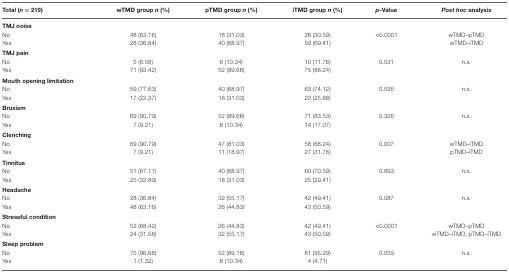
<table><thead><tr><td><b>Total (<i>n</i> = 219)</b></td><td><b>wTMD group <i>n</i> (%)</b></td><td><b>pTMD group <i>n</i> (%)</b></td><td><b>iTMD group <i>n</i> (%)</b></td><td><b><i>p</i>-Value</b></td><td><b><i>Post hoc</i> analysis</b></td></tr></thead><tbody><tr><td><b>TMJ noise</b></td><td>[EMPTY_CELL]</td><td>[EMPTY_CELL]</td><td>[EMPTY_CELL]</td><td>[EMPTY_CELL]</td><td>[EMPTY_CELL]</td></tr><tr><td>No</td><td>48 (63.16)</td><td>18 (31.03)</td><td>26 (30.59)</td><td>&lt;0.0001</td><td>wTMD–pTMD</td></tr><tr><td>Yes</td><td>28 (36.84)</td><td>40 (68.97)</td><td>59 (69.41)</td><td>[EMPTY_CELL]</td><td>wTMD–iTMD</td></tr><tr><td><b>TMJ pain</b></td><td>[EMPTY_CELL]</td><td>[EMPTY_CELL]</td><td>[EMPTY_CELL]</td><td>[EMPTY_CELL]</td><td>[EMPTY_CELL]</td></tr><tr><td>No</td><td>5 (6.58)</td><td>6 (10.34)</td><td>10 (11.76)</td><td>0.531</td><td>n.s.</td></tr><tr><td>Yes</td><td>71 (93.42)</td><td>52 (89.66)</td><td>75 (88.24)</td><td>[EMPTY_CELL]</td><td>[EMPTY_CELL]</td></tr><tr><td><b>Mouth opening limitation</b></td><td>[EMPTY_CELL]</td><td>[EMPTY_CELL]</td><td>[EMPTY_CELL]</td><td>[EMPTY_CELL]</td><td>[EMPTY_CELL]</td></tr><tr><td>No</td><td>59 (77.63)</td><td>40 (68.97)</td><td>63 (74.12)</td><td>0.526</td><td>n.s.</td></tr><tr><td>Yes</td><td>17 (22.37)</td><td>18 (31.03)</td><td>22 (25.88)</td><td>[EMPTY_CELL]</td><td>[EMPTY_CELL]</td></tr><tr><td><b>Bruxism</b></td><td>[EMPTY_CELL]</td><td>[EMPTY_CELL]</td><td>[EMPTY_CELL]</td><td>[EMPTY_CELL]</td><td>[EMPTY_CELL]</td></tr><tr><td>No</td><td>69 (90.79)</td><td>52 (89.66)</td><td>71 (83.53)</td><td>0.326</td><td>n.s.</td></tr><tr><td>Yes</td><td>7 (9.21)</td><td>6 (10.34)</td><td>14 (17.07)</td><td>[EMPTY_CELL]</td><td>[EMPTY_CELL]</td></tr><tr><td><b>Clenching</b></td><td>[EMPTY_CELL]</td><td>[EMPTY_CELL]</td><td>[EMPTY_CELL]</td><td>[EMPTY_CELL]</td><td>[EMPTY_CELL]</td></tr><tr><td>No</td><td>69 (90.79)</td><td>47 (81.03)</td><td>58 (68.24)</td><td>0.007</td><td>wTMD–iTMD</td></tr><tr><td>Yes</td><td>7 (9.21)</td><td>11 (18.97)</td><td>27 (31.76)</td><td>[EMPTY_CELL]</td><td>pTMD–iTMD</td></tr><tr><td><b>Tinnitus</b></td><td>[EMPTY_CELL]</td><td>[EMPTY_CELL]</td><td>[EMPTY_CELL]</td><td>[EMPTY_CELL]</td><td>[EMPTY_CELL]</td></tr><tr><td>No</td><td>51 (67.11)</td><td>40 (68.97)</td><td>60 (70.59)</td><td>0.893</td><td>n.s.</td></tr><tr><td>Yes</td><td>25 (32.89)</td><td>18 (31.03)</td><td>25 (29.41)</td><td>[EMPTY_CELL]</td><td>[EMPTY_CELL]</td></tr><tr><td><b>Headache</b></td><td>[EMPTY_CELL]</td><td>[EMPTY_CELL]</td><td>[EMPTY_CELL]</td><td>[EMPTY_CELL]</td><td>[EMPTY_CELL]</td></tr><tr><td>No</td><td>28 (36.84)</td><td>32 (55.17)</td><td>42 (49.41)</td><td>0.087</td><td>n.s.</td></tr><tr><td>Yes</td><td>48 (63.16)</td><td>26 (44.83)</td><td>43 (50.59)</td><td>[EMPTY_CELL]</td><td>[EMPTY_CELL]</td></tr><tr><td><b>Stressful condition</b></td><td>[EMPTY_CELL]</td><td>[EMPTY_CELL]</td><td>[EMPTY_CELL]</td><td>[EMPTY_CELL]</td><td>[EMPTY_CELL]</td></tr><tr><td>No</td><td>52 (68.42)</td><td>26 (44.83)</td><td>42 (49.41)</td><td>&lt;0.0001</td><td>wTMD–pTMD</td></tr><tr><td>Yes</td><td>24 (31.58)</td><td>32 (55.17)</td><td>43 (50.59)</td><td>[EMPTY_CELL]</td><td>wTMD–iTMD, pTMD–iTMD</td></tr><tr><td><b>Sleep problem</b></td><td>[EMPTY_CELL]</td><td>[EMPTY_CELL]</td><td>[EMPTY_CELL]</td><td>[EMPTY_CELL]</td><td>[EMPTY_CELL]</td></tr><tr><td>No</td><td>75 (96.68)</td><td>52 (89.16)</td><td>81 (95.29)</td><td>0.059</td><td>n.s.</td></tr><tr><td>Yes</td><td>1 (1.32)</td><td>6 (10.34)</td><td>4 (4.71)</td><td>[EMPTY_CELL]</td><td>[EMPTY_CELL]</td></tr></tbody></table>